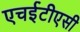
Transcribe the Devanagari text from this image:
एचईटीएसी